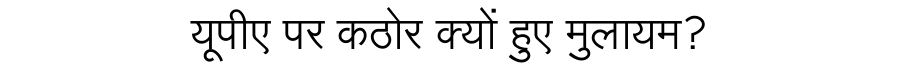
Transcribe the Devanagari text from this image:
यूपीए पर कठोर क्यों हुए मुलायम?